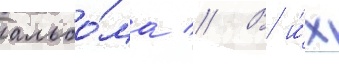
альбо́ма // В и́х